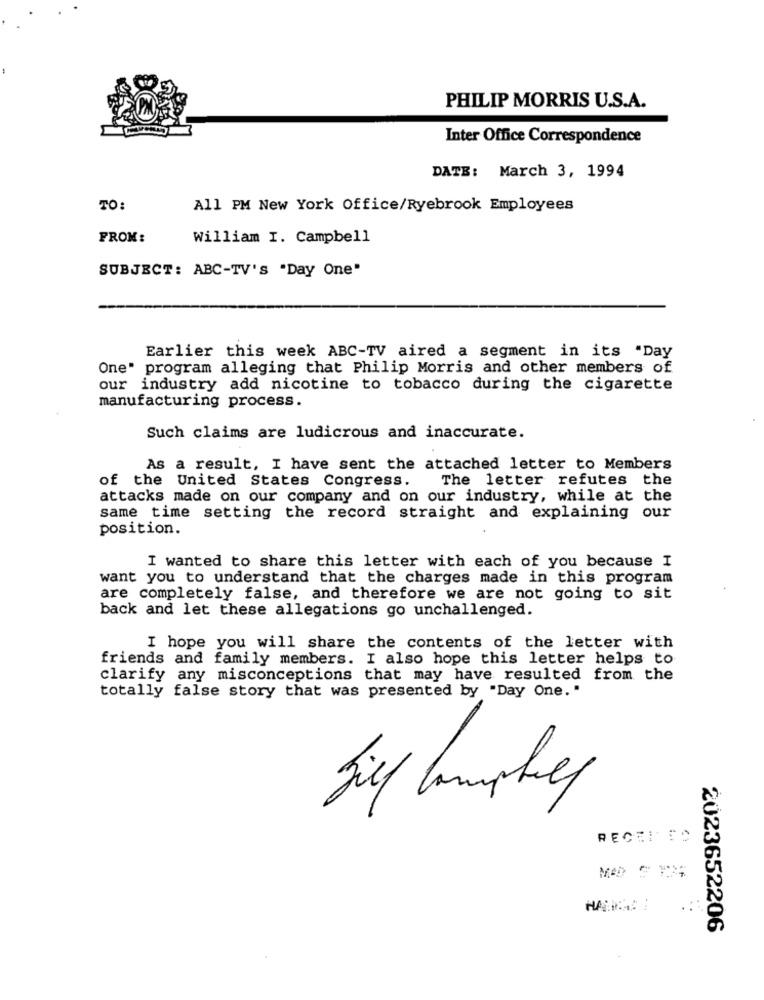
PHILIP MORRIS U.S.A.
Inter Office Correspondence
DATE: March 3, 1994
TO:
All PM New York Office/Ryebrook Employees
FROM:
William I. Campbell
SUBJECT: ABC-TV'S "Day One"
Earlier this week ABC-TV aired a segment in its "Day
One" program alleging that Philip Morris and other members of
our industry add nicotine to tobacco during the cigarette
manufacturing process.
Such claims are ludicrous and inaccurate.
As a result, I have sent the attached letter to Members
The letter refutes the
of the United States Congress.
attacks made on our company and on our industry, while at the
same time setting the record straight and explaining our
position.
I wanted to share this letter with each of you because I
want you to understand that the charges made in this program
are completely false, and therefore we are not going to sit
back and let these allegations go unchallenged.
I hope you will share the contents of the letter with
friends and family members. I also hope this letter helps to
clarify any misconceptions that may have resulted from the
totally false story that was presented by "Day One. "
Sief Camphill
RECEI SC
HAIRS !
2023652206